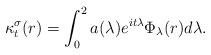
LaTeX: \begin{align*} \kappa_t^{\sigma} (r) = \int_0^2 a(\lambda) e^{i t \lambda} \Phi_\lambda (r) d\lambda.\end{align*}